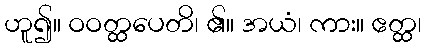
ဟူ၍။ ဝဝတ္ထပေတိ၊ ၏။ အယံ၊ ကား။ ဧတ္ထ၊